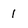
Character: 1